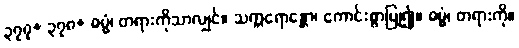
၃၇၇+ ၃၇၈+ ဓမ္မံ၊ တရားကိုသာလျှင်။ သက္ကရောန္တော၊ ကောင်းစွာပြု၍။ ဓမ္မံ၊ တရားကို။